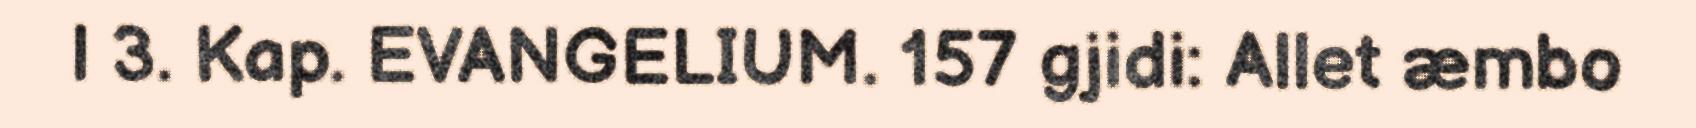
| 3. Kap. EVANGELIUM. 157 gjidi: Allet æmbo